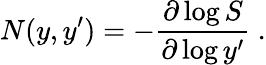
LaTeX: N(y,y^{\prime})=-{\frac{\partial\log S}{\partial\log y^{\prime}}}\ .